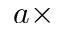
a \times